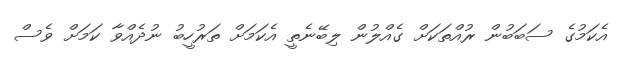
އެކަމުގެ ސަބަބުން ރުއްތަކަށް ގެއްލުން ލިބޭނެތީ އެކަމަށް ތަރުހީބު ނުދެއްވާ ކަމަށް ވެސް